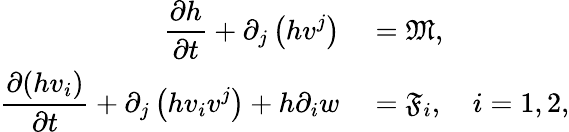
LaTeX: \begin{array}{rl}{\displaystyle\frac{\partial h}{\partial t}+\partial_{j}\left(hv^{j}\right)}&{{}=\mathfrak{M},}\\ {\displaystyle\frac{\partial(hv_{i})}{\partial t}+\partial_{j}\left(hv_{i}v^{j}\right)+h\partial_{i}w}&{{}=\mathfrak{F}_{i},\quad i=1,2,}\end{array}